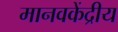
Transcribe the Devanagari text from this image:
मानवकेंद्रीय